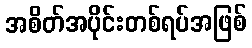
အစိတ်အပိုင်းတစ်ရပ်အဖြစ်